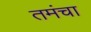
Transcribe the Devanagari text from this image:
तमंचा